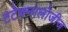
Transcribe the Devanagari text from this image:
टटेक्नालोजीज